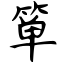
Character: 箪